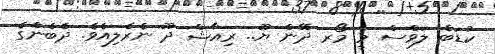
ކުޑަބެ ލަވްސް މީ މޯރ ދޭން ޔޫ.. ރިއާޝް ދޫ ނެރެލިއެވެ. ދެބެންގެ